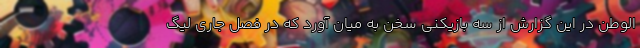
الوطن در این گزارش از سه بازیکنی سخن به میان آورد که در فصل جاری لیگ